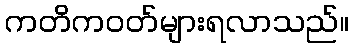
ကတိကဝတ်များရလာသည်။